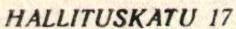
HALLITUSKATU 17